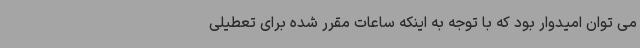
می توان امیدوار بود که با توجه به اینکه ساعات مقرر شده برای تعطیلی